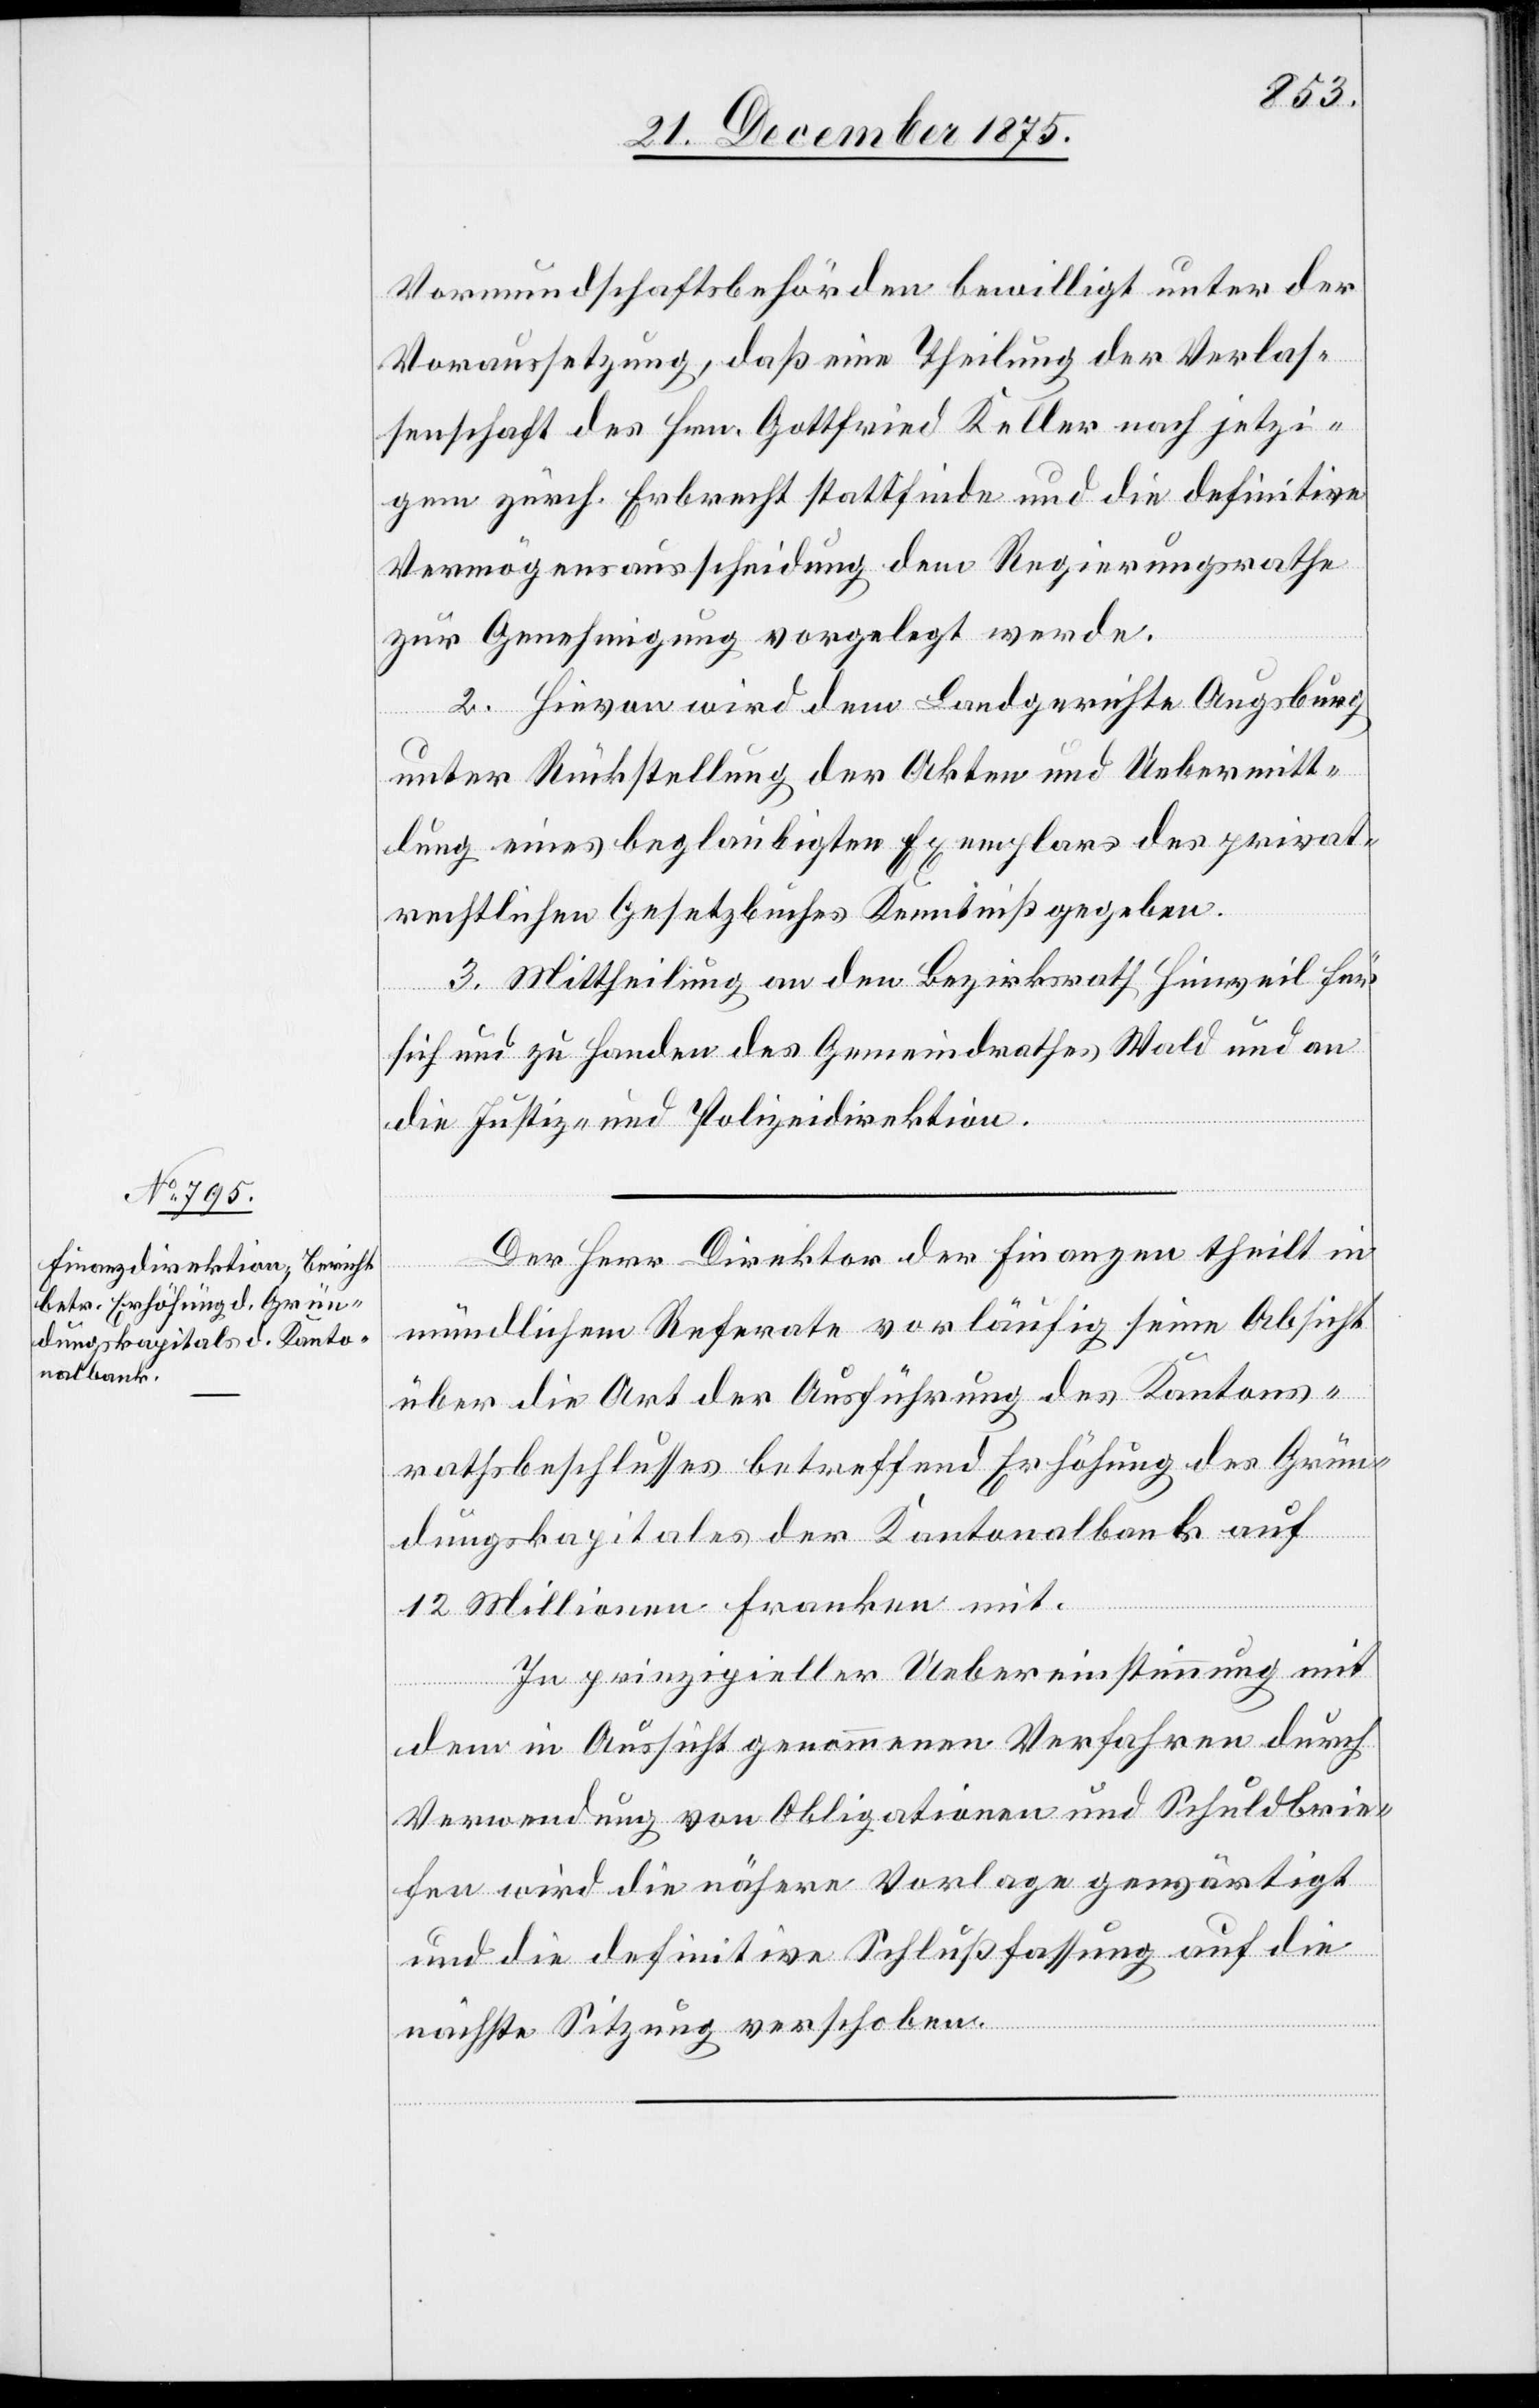
Vormundschaftsbehörden bewilligt unter der
Voraussetzung, daß eine Theilung der Verlas¬
senschaft des Hrn. Gottfried Keller nach jetzi¬
gen zürch. Erbrecht stattfinde und die definitive
Vermögensausscheidung dem Regierungsrathe
zur Genehmigung vorgelegt werde.
2. Hievon wird dem Landgerichte Augsburg
unter Rückstellung der Akten und Uebermitt¬
lung eines beglaubigten Exemplars des privat¬
rechtlichen Gesetzbuches Kenntniß gegeben.
3. Mittheilung an den Bezirksrath Hinweil für
sich und zu Handen des Gemeindrathes Wald und an
die Justiz- und Polizeidirektion.
Der Herr Direktor der Finanzen theilt in
mündlichem Referate vorläufig seine Absicht
über die Art der Ausführung des Kantons¬
rathsbeschlusses betreffend Erhöhung des Grün¬
dungskapitales der Kantonalbank auf
12 Millionen Franken mit.
In prinzipieller Uebereinstimmung mit
dem in Aussicht genommenen Verfahren durch
Verwendung von Obligationen und Schuldbrie¬
fen wird die nähere Vorlage gewärtigt
und die definitive Schlußfassung auf die
nächste Sitzung verschoben.